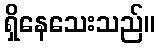
ရှိနေသေးသည်။